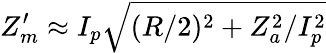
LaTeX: Z_{m}^{\prime}\approx I_{p}\sqrt{(R/2)^{2}+Z_{a}^{2}/I_{p}^{2}}